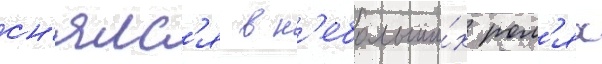
сн'ялс'я в н'ебольши́х рол'ях